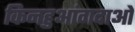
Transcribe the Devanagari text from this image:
किनहुआंगदाओ